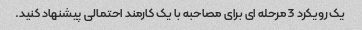
یک رویکرد 3 مرحله ای برای مصاحبه با یک کارمند احتمالی پیشنهاد کنید.